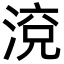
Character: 渷